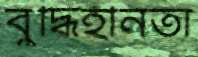
বুদ্ধিহীনতা